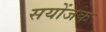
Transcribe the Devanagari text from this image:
सयोंजक